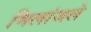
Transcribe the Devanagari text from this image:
मिलांजले